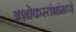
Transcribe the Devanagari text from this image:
अशोकस्तंभांमध्ये